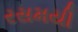
રસમયી